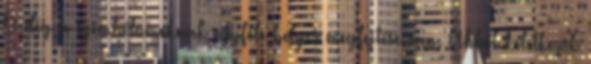
Pedig a szimbólumoknak egyféle helyes megfejtése van. Abból keletkezik